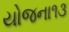
યોજના૧૩